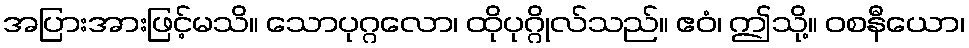
အပြားအားဖြင့်မသိ။ သောပုဂ္ဂလော၊ ထိုပုဂ္ဂိုလ်သည်။ ဧဝံ၊ ဤသို့။ ဝစနီယော၊